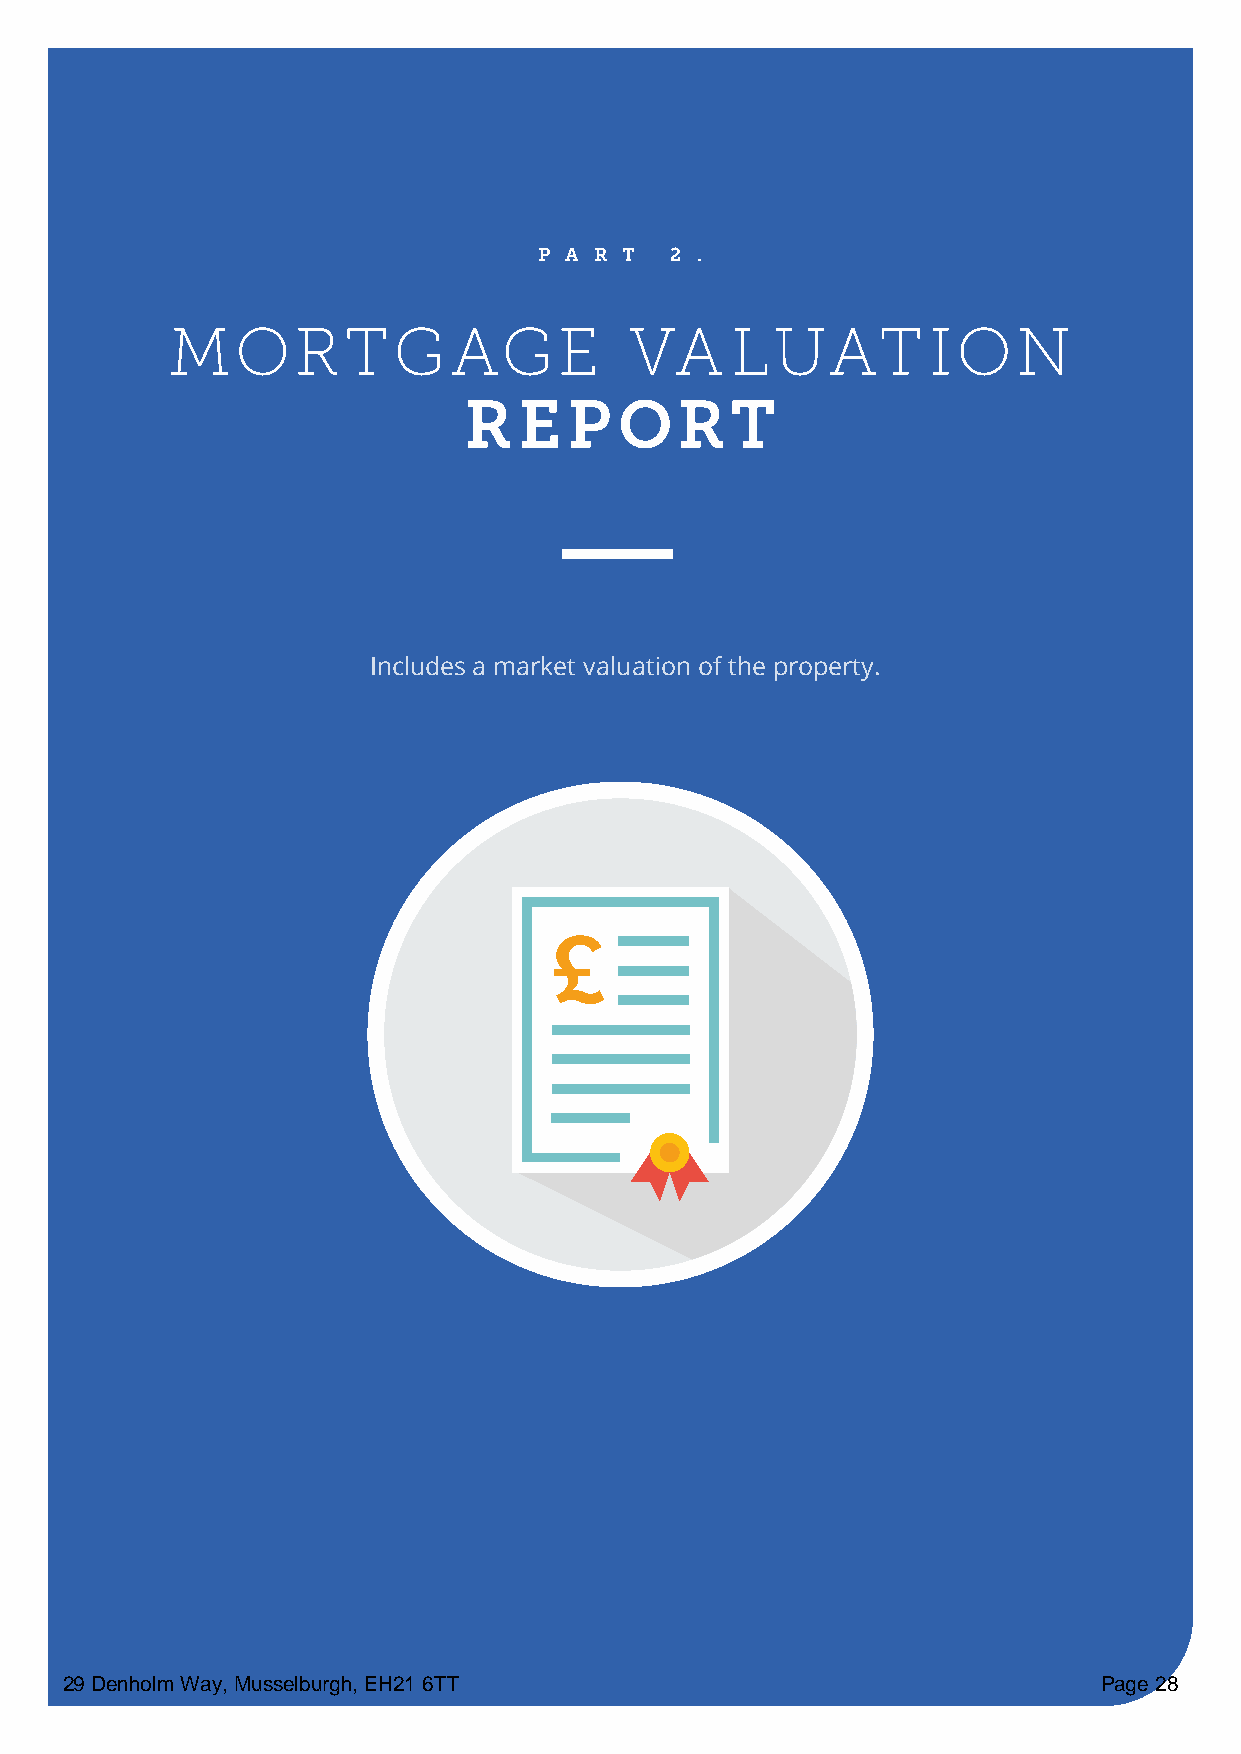
P A R T 2 .
 MORTGAGE                       VA    LUAT         ION
 REP       ORT
 Includes a market valuation of the property.
 £
 29 Denholm Way, Musselburgh, EH21 6TT                                Page 28